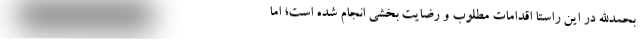
بحمدالله در این راستا اقدامات مطلوب و رضایت بخشی انجام شده است؛ اما